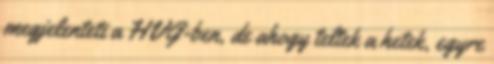
megje­len­te­ti a HVG-ben, de ahogy teltek a hetek, egyre